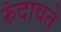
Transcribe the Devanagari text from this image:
रुंदावते